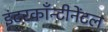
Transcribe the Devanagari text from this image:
इंटरकाँन्टीनेंटल